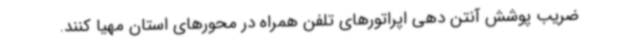
ضریب پوشش آنتن دهی اپراتورهای تلفن همراه در محورهای استان مهیا کنند.